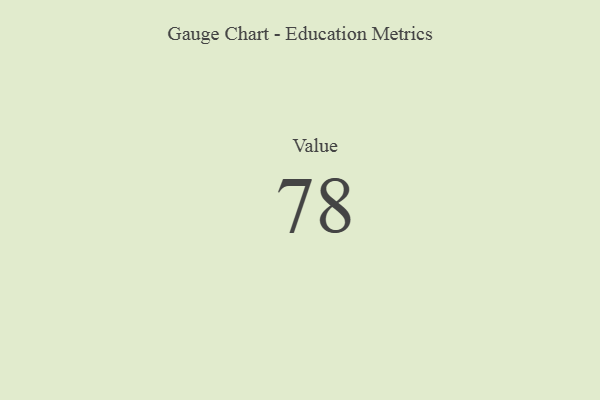
{"axis": {"x": "Metric", "y": "Value"}, "legend": [""], "data": [{"x": "Value", "y": 78, "type": ""}]}